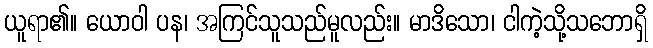
ယူရာ၏။ ယောဝါ ပန၊ အကြင်သူသည်မူလည်း။ မာဒိသော၊ ငါကဲ့သို့သဘောရှိ